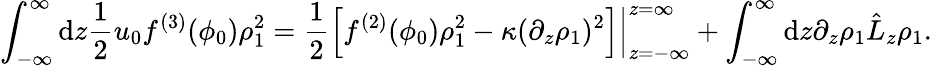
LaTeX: \int_{-\infty}^{\infty}\mathrm{d}z\frac{{1}}{{2}}u_{0}f^{(3)}(\phi_{0})\rho_{1}^{2}=\frac{{1}}{{2}}\left.\left[f^{(2)}(\phi_{0})\rho_{1}^{2}-\kappa(\partial_{z}\rho_{1})^{2}\right]\right\vert_{z=-\infty}^{z=\infty}+\int_{-\infty}^{\infty}\mathrm{d}z\partial_{z}\rho_{1}\hat{{L}}_{z}\rho_{1}.